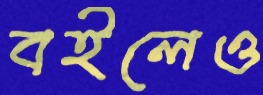
বইলেও